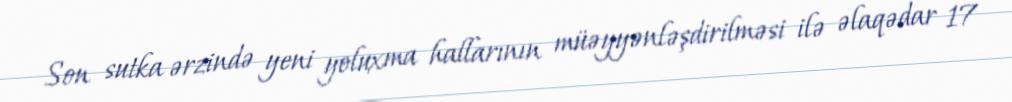
Son sutka ərzində yeni yoluxma hallarının müəyyənləşdirilməsi ilə əlaqədar 17